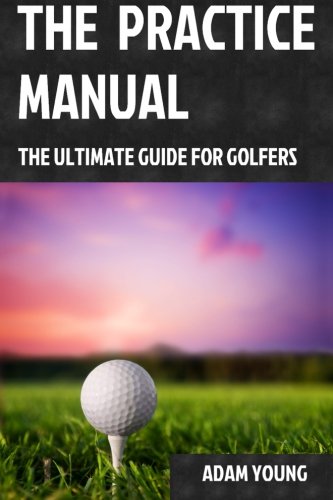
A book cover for The Practice Manual: The Ultimate Guide for Golfers; Mr Adam Young; Sports & Outdoors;